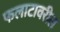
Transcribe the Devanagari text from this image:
फलाटावरील